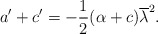
\begin{align*} a'+c' = - \frac{1}{2}(\alpha +c )\overline{\lambda}^2. \end{align*}